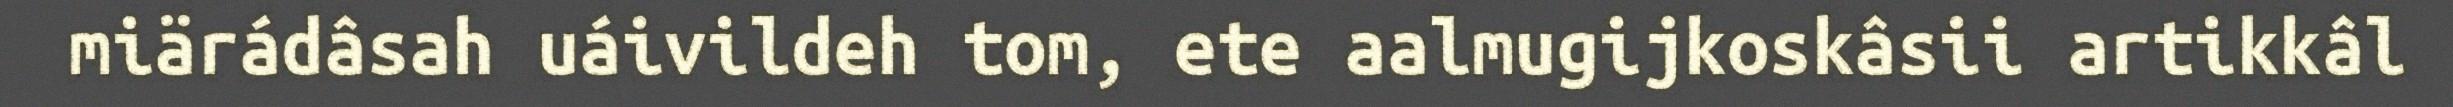
miärádâsah uáivildeh tom, ete aalmugijkoskâsii artikkâl